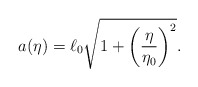
\begin{align*}a(\eta )=\ell _0\sqrt{1+\biggl(\frac{\eta }{\eta_0}\biggr)^2}.\end{align*}